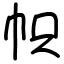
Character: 帜